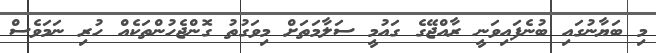
މި ބަޔާނުގައި ބުނެފައިވަނީ ރާއްޖޭގެ ގައުމީ ސަލާމަތަށް މިވަގުތު ގޮންޖެހުންތަކެއް ހުރި ނަމަވެސް